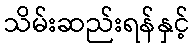
သိမ်းဆည်းရန်နှင့်